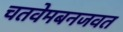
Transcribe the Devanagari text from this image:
चतवेमबनजवत